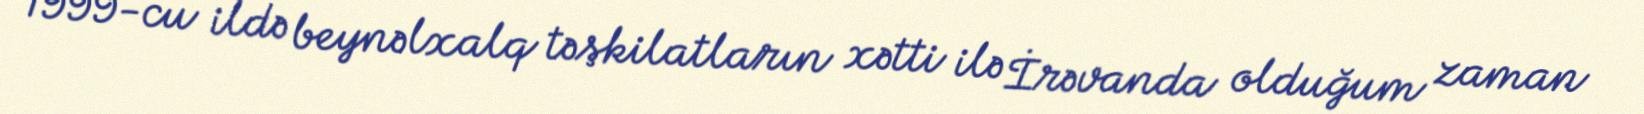
1999-cu ildə beynəlxalq təşkilatların xətti ilə İrəvanda olduğum zaman